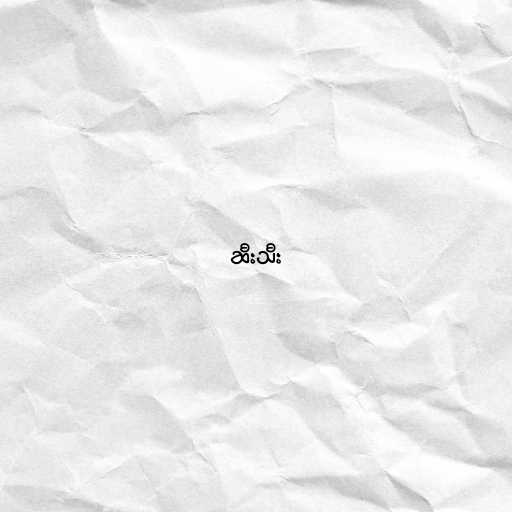
ဆီးသီး